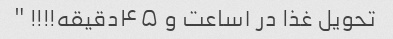
تحویل غذا در ۱ساعت و ۴۵دقیقه!!!! "